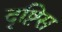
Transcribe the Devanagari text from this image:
दृष्टिस